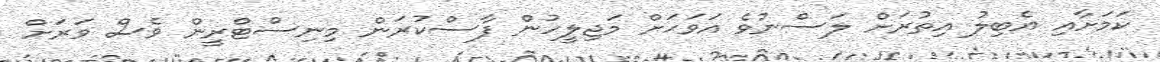
ކަމަށާއި އެބިލު އިތުރަށް ލަސްނުވެ އަވަހަށް މަޖިލީހުން ފާސްކުރަން މިނިސްޓްރީން ވެސް ވަރަށް